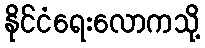
နိုင်ငံရေးလောကသို့